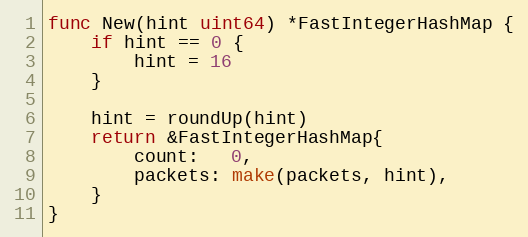
Language: Go
func New(hint uint64) *FastIntegerHashMap {
	if hint == 0 {
		hint = 16
	}

	hint = roundUp(hint)
	return &FastIntegerHashMap{
		count:   0,
		packets: make(packets, hint),
	}
}